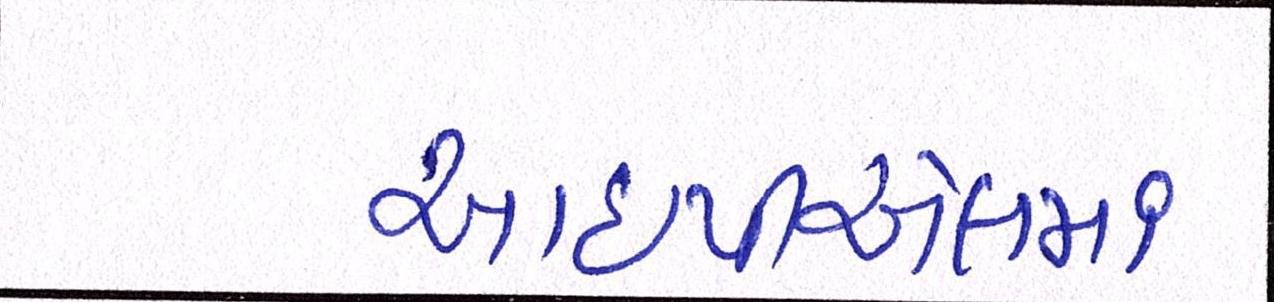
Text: આઇપીએલમાં